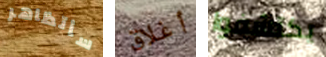
سأتظاهر أغلاق يكتشفوا